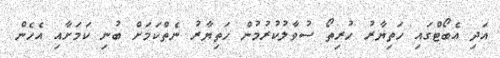
އަދި އެބޯޓްގައި ހަތިޔާރު ހުރިތޯ ސުވާލުކުރުމުން ހަތިޔާރު ނެތްކަމަށް ބުނި ކަމަށާއި އެހެން